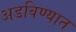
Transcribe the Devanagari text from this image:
अडविण्यात